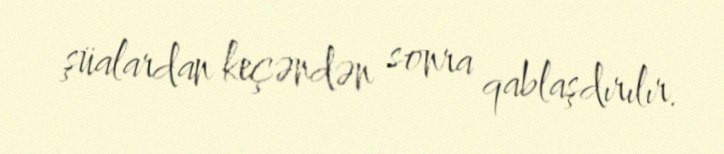
şüalardan keçəndən sonra qablaşdırılır.